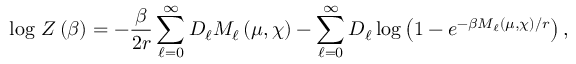
\log \, Z \left( \beta \right) = - \frac { \beta } { 2 r } \sum _ { \ell = 0 } ^ { \infty } D _ { \ell } M _ { \ell } \left( \mu , \chi \right) - \sum _ { \ell = 0 } ^ { \infty } D _ { \ell } \log \left( 1 - e ^ { - \beta M _ { \ell } \left( \mu , \chi \right) / r } \right) ,